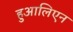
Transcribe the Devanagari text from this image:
हुआलिएन